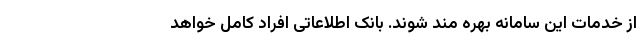
از خدمات این سامانه بهره مند شوند. بانک اطلاعاتی افراد کامل خواهد